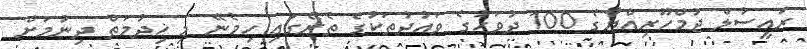
ރައީސުލް ޖުމްހޫރިއްޔާގެ 100 ދުވަހުގެ ވައުދުތަކުގެ ތެރޭގައި ހިމެނޭ މި ޚިދުމަތް ދިނުމަށް